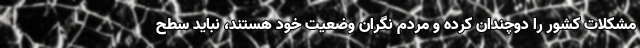
مشکلات کشور را دوچندان کرده و مردم نگران وضعیت خود هستند، نباید سطح